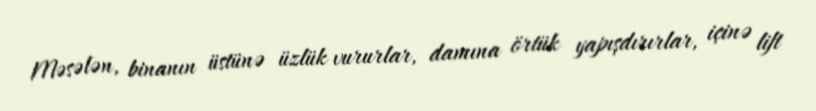
Məsələn, binanın üstünə üzlük vururlar, damına örtük yapışdırırlar, içinə lift